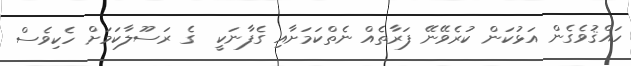
ހައްޤުވެގެން އަޅުކަން ކުރެވޭނޭ ފަރާތެއް ނެތްކަމަށާއި ގެފާނަކީ  ގެ ރަސޫލާކަމަށް ހެކިވެސް